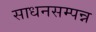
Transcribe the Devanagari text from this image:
साधनसम्पन्न